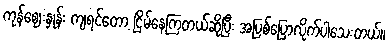
ကုန်ဈေးနှုန်း ကျရင်တော့ ငြိမ်နေကြတယ်ဆိုပြီး အပြစ်ပြောလိုက်ပါသေးတယ်။